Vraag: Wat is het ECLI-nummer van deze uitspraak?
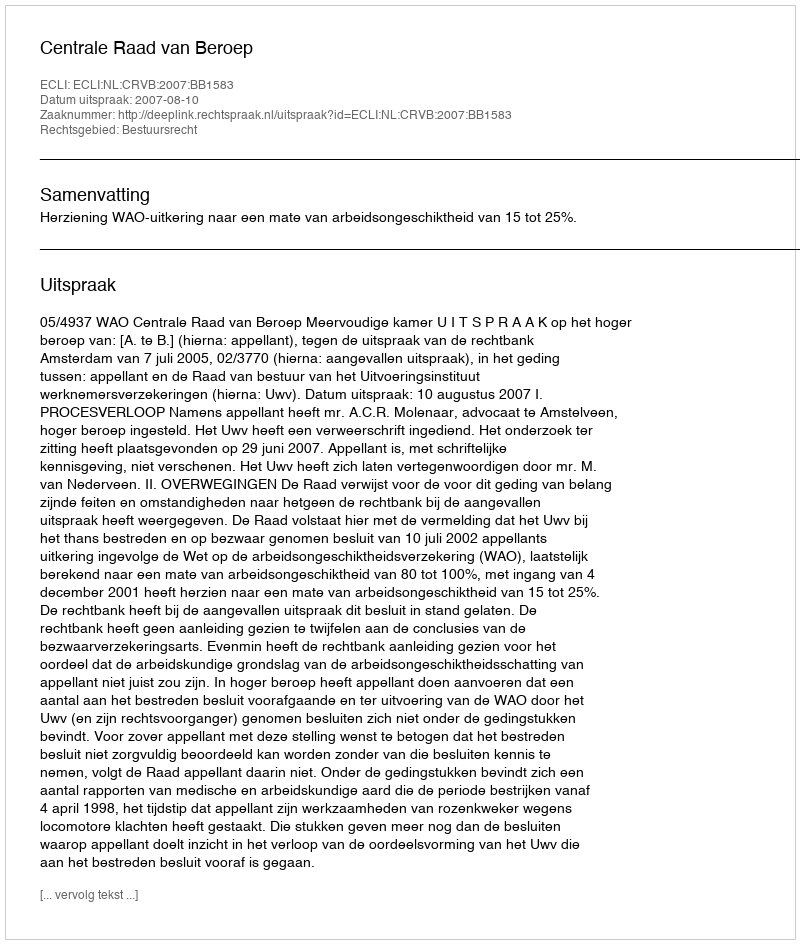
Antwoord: ECLI:NL:CRVB:2007:BB1583